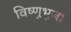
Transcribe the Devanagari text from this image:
विष्णुभुजा